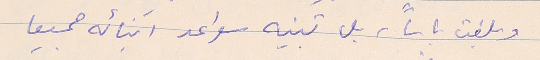
وبلغت باساً، بل تبنيه سواعد ابنائه جميعا